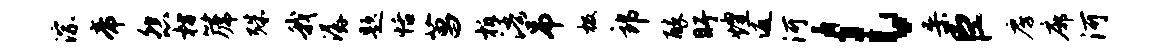
淙帝怨枋篪殊我潺题恬菖柝浯吊极郎醉盱煌返河l桑臣房廓河